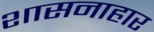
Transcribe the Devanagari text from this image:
शासनाहार